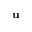
{ \bf u }